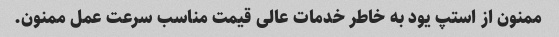
ممنون از استپ یود به خاطر خدمات عالی قیمت مناسب سرعت عمل ممنون.